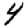
Digit: 4